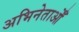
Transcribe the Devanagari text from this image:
अभिनेताओँ